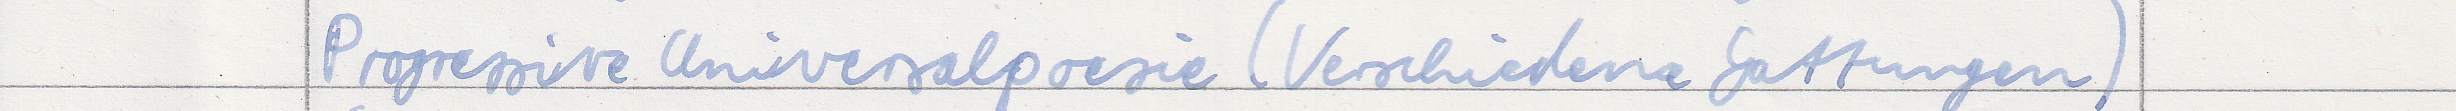
Progressive Universalpoesie (Verschiedene Gattungen)